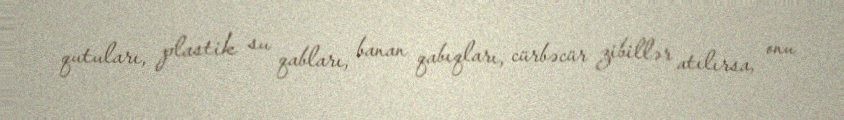
qutuları, plastik su qabları, banan qabıqları, cürbəcür zibillər atılırsa, onu